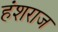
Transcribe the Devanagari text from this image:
हंशराज